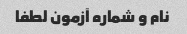
نام و شماره آزمون لطفا